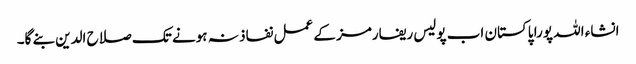
انشاء اللہ پورا پاکستان اب پولیس ریفارمز کے عمل نفاذ نہ ہونے تک صلاح الدین بنے گا۔